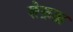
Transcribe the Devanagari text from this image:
शेफ़ता